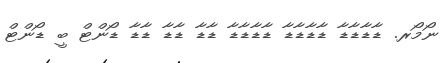
ނޯމޯރ. ޑާޑާޑާޑާ ޑާޑާޑާޑާ ޑާޑާޑާޑާ ޑާޑާ ޑާޑާ ޑާޑާ ޑޯންޓް ބީ ޑޯންޓް